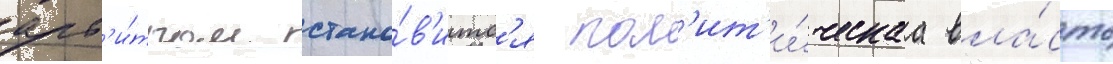
арб'и́тром стано́в'итс'я пол'ит'и́ческаа вла́сть